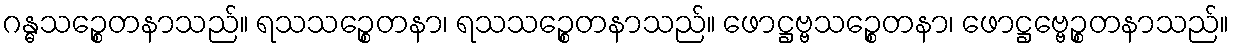
ဂန္ဓသဉ္စေတနာသည်။ ရသသဉ္စေတနာ၊ ရသသဉ္စေတနာသည်။ ဖောဋ္ဌဗ္ဗသဉ္စေတနာ၊ ဖောဋ္ဌဗ္ဗေဉ္စတနာသည်။